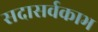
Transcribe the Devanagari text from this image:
सदासर्वकाभ